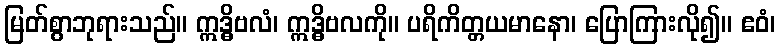
မြတ်စွာဘုရားသည်။ ဣဒ္ဓိဗလံ၊ ဣဒ္ဓိဗလကို။ ပရိကိတ္တယမာနော၊ ပြောကြားလို၍။ ဧဝံ၊